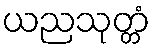
ယညသုတ္တံ